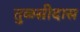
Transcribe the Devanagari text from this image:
तुळसीदास